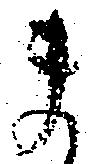
ま